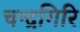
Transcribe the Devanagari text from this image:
चन्द्रगिरि